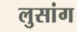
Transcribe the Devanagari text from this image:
लुसांग